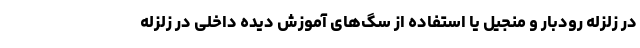
در زلزله رودبار و منجیل یا استفاده از سگ‌های آموزش دیده داخلی در زلزله